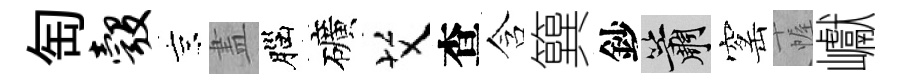
匋彀京𥁞腦礦艾查含簨鈔簫窰幄巘